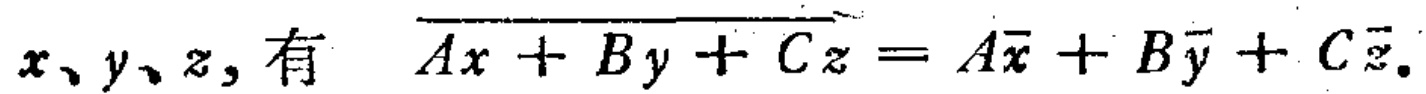
$x、y、z，有\ \ \overline{Ax + By + Cz}=A\overline{x}+B\overline{y}+C\overline{z}.$